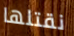
نقتلها